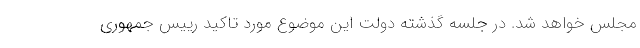
مجلس خواهد شد. در جلسه گذشته دولت این موضوع مورد تاکید رییس جمهوری